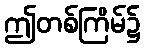
ဤတစ်ကြိမ်၌